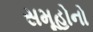
સમૂહોનો